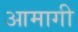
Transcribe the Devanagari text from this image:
आमागी